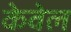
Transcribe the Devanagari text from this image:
केवेल